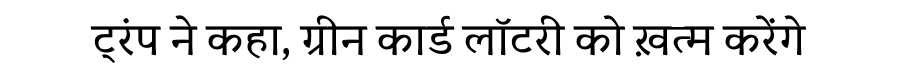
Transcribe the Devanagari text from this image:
ट्रंप ने कहा, ग्रीन कार्ड लॉटरी को ख़त्म करेंगे